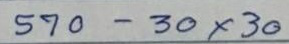
570 - 30x30